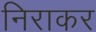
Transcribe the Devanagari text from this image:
निराकर